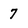
Character: 7